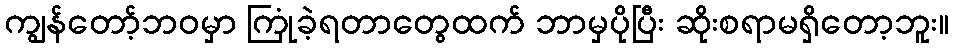
ကျွန်တော့်ဘဝမှာ ကြုံခဲ့ရတာတွေထက် ဘာမှပိုပြီး ဆိုးစရာမရှိတော့ဘူး။